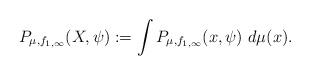
LaTeX: \begin{align*}P_{\mu,f_{1,\infty}}(X,\psi):=\int P_{\mu,f_{1,\infty}}(x,\psi)\ d\mu(x).\end{align*}